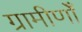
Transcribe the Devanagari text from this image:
ग्रामीणोँ